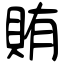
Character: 賄